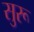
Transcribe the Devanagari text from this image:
सुरू